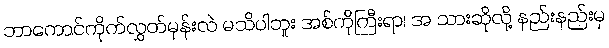
ဘာကောင်ကိုက်လွှတ်မှန်းလဲ မသိပါဘူး အစ်ကိုကြီးရာ၊ အ သားဆိုလို့ နည်းနည်းမှ